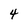
Character: 4